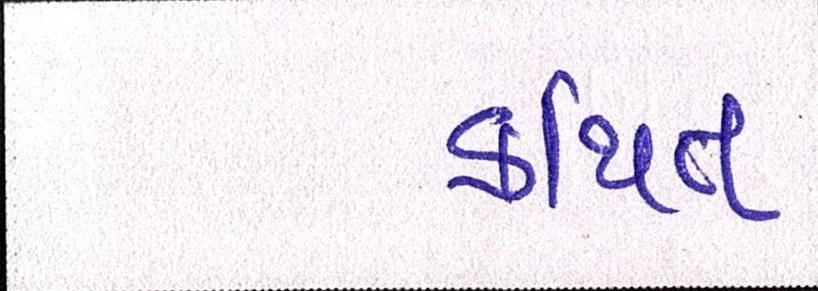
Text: કથિત